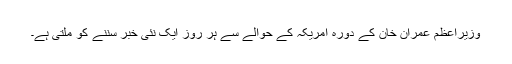
وزیراعظم عمران خان کے دورہ امریکہ کے حوالے سے ہر روز ایک نئی خبر سننے کو ملتی ہے۔